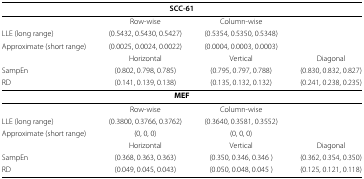
<table><thead><tr><td colspan="4"><b>SCC-61</b></td></tr></thead><tbody><tr><td> </td><td>Row-wise</td><td>Column-wise</td><td> </td></tr><tr><td>LLE (long range)</td><td>(0.5432, 0.5430, 0.5427)</td><td>(0.5354, 0.5350, 0.5348)</td><td> </td></tr><tr><td>Approximate (short range)</td><td>(0.0025, 0.0024, 0.0022)</td><td>(0.0004, 0.0003, 0.0003)</td><td> </td></tr><tr><td> </td><td>Horizontal</td><td>Vertical</td><td>Diagonal</td></tr><tr><td>SampEn</td><td>(0.802, 0.798, 0.785)</td><td>(0.795, 0.797, 0.788)</td><td>(0.830, 0.832, 0.827)</td></tr><tr><td>RD</td><td>(0.141, 0.139, 0.138)</td><td>(0.135, 0.132, 0.132)</td><td>(0.241, 0.238, 0.235)</td></tr><tr><td colspan="4"><b>MEF</b></td></tr><tr><td> </td><td>Row-wise</td><td>Column-wise</td><td> </td></tr><tr><td>LLE (long range)</td><td>(0.3800, 0.3766, 0.3762)</td><td>(0.3640, 0.3581, 0.3552)</td><td> </td></tr><tr><td>Approximate (short range)</td><td>(0, 0, 0)</td><td>(0, 0, 0)</td><td> </td></tr><tr><td> </td><td>Horizontal</td><td>Vertical</td><td>Diagonal</td></tr><tr><td>SampEn</td><td>(0.368, 0.363, 0.363)</td><td>(0.350, 0.346, 0.346)</td><td>(0.362, 0.354, 0.350)</td></tr><tr><td>RD</td><td>(0.049, 0.045, 0.043)</td><td>(0.050, 0.048, 0.045)</td><td>(0.125, 0.121, 0.118)</td></tr></tbody></table>